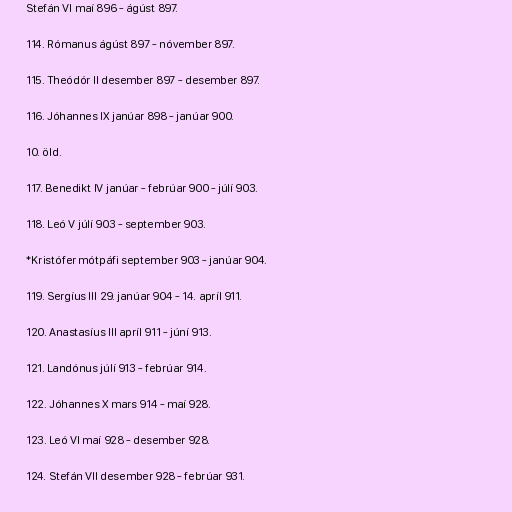
Stefán VI maí 896 - ágúst 897.

114. Rómanus ágúst 897 - nóvember 897.

115. Theódór II desember 897 - desember 897.

116. Jóhannes IX janúar 898 - janúar 900.

10. öld.

117. Benedikt IV janúar - febrúar 900 - júlí 903.

118. Leó V júlí 903 - september 903.

*Kristófer mótpáfi september 903 - janúar 904.

119. Sergíus III 29. janúar 904 - 14. apríl 911.

120. Anastasíus III apríl 911 - júní 913.

121. Landónus júlí 913 - febrúar 914.

122. Jóhannes X mars 914 - maí 928.

123. Leó VI maí 928 - desember 928.

124. Stefán VII desember 928 - febrúar 931.